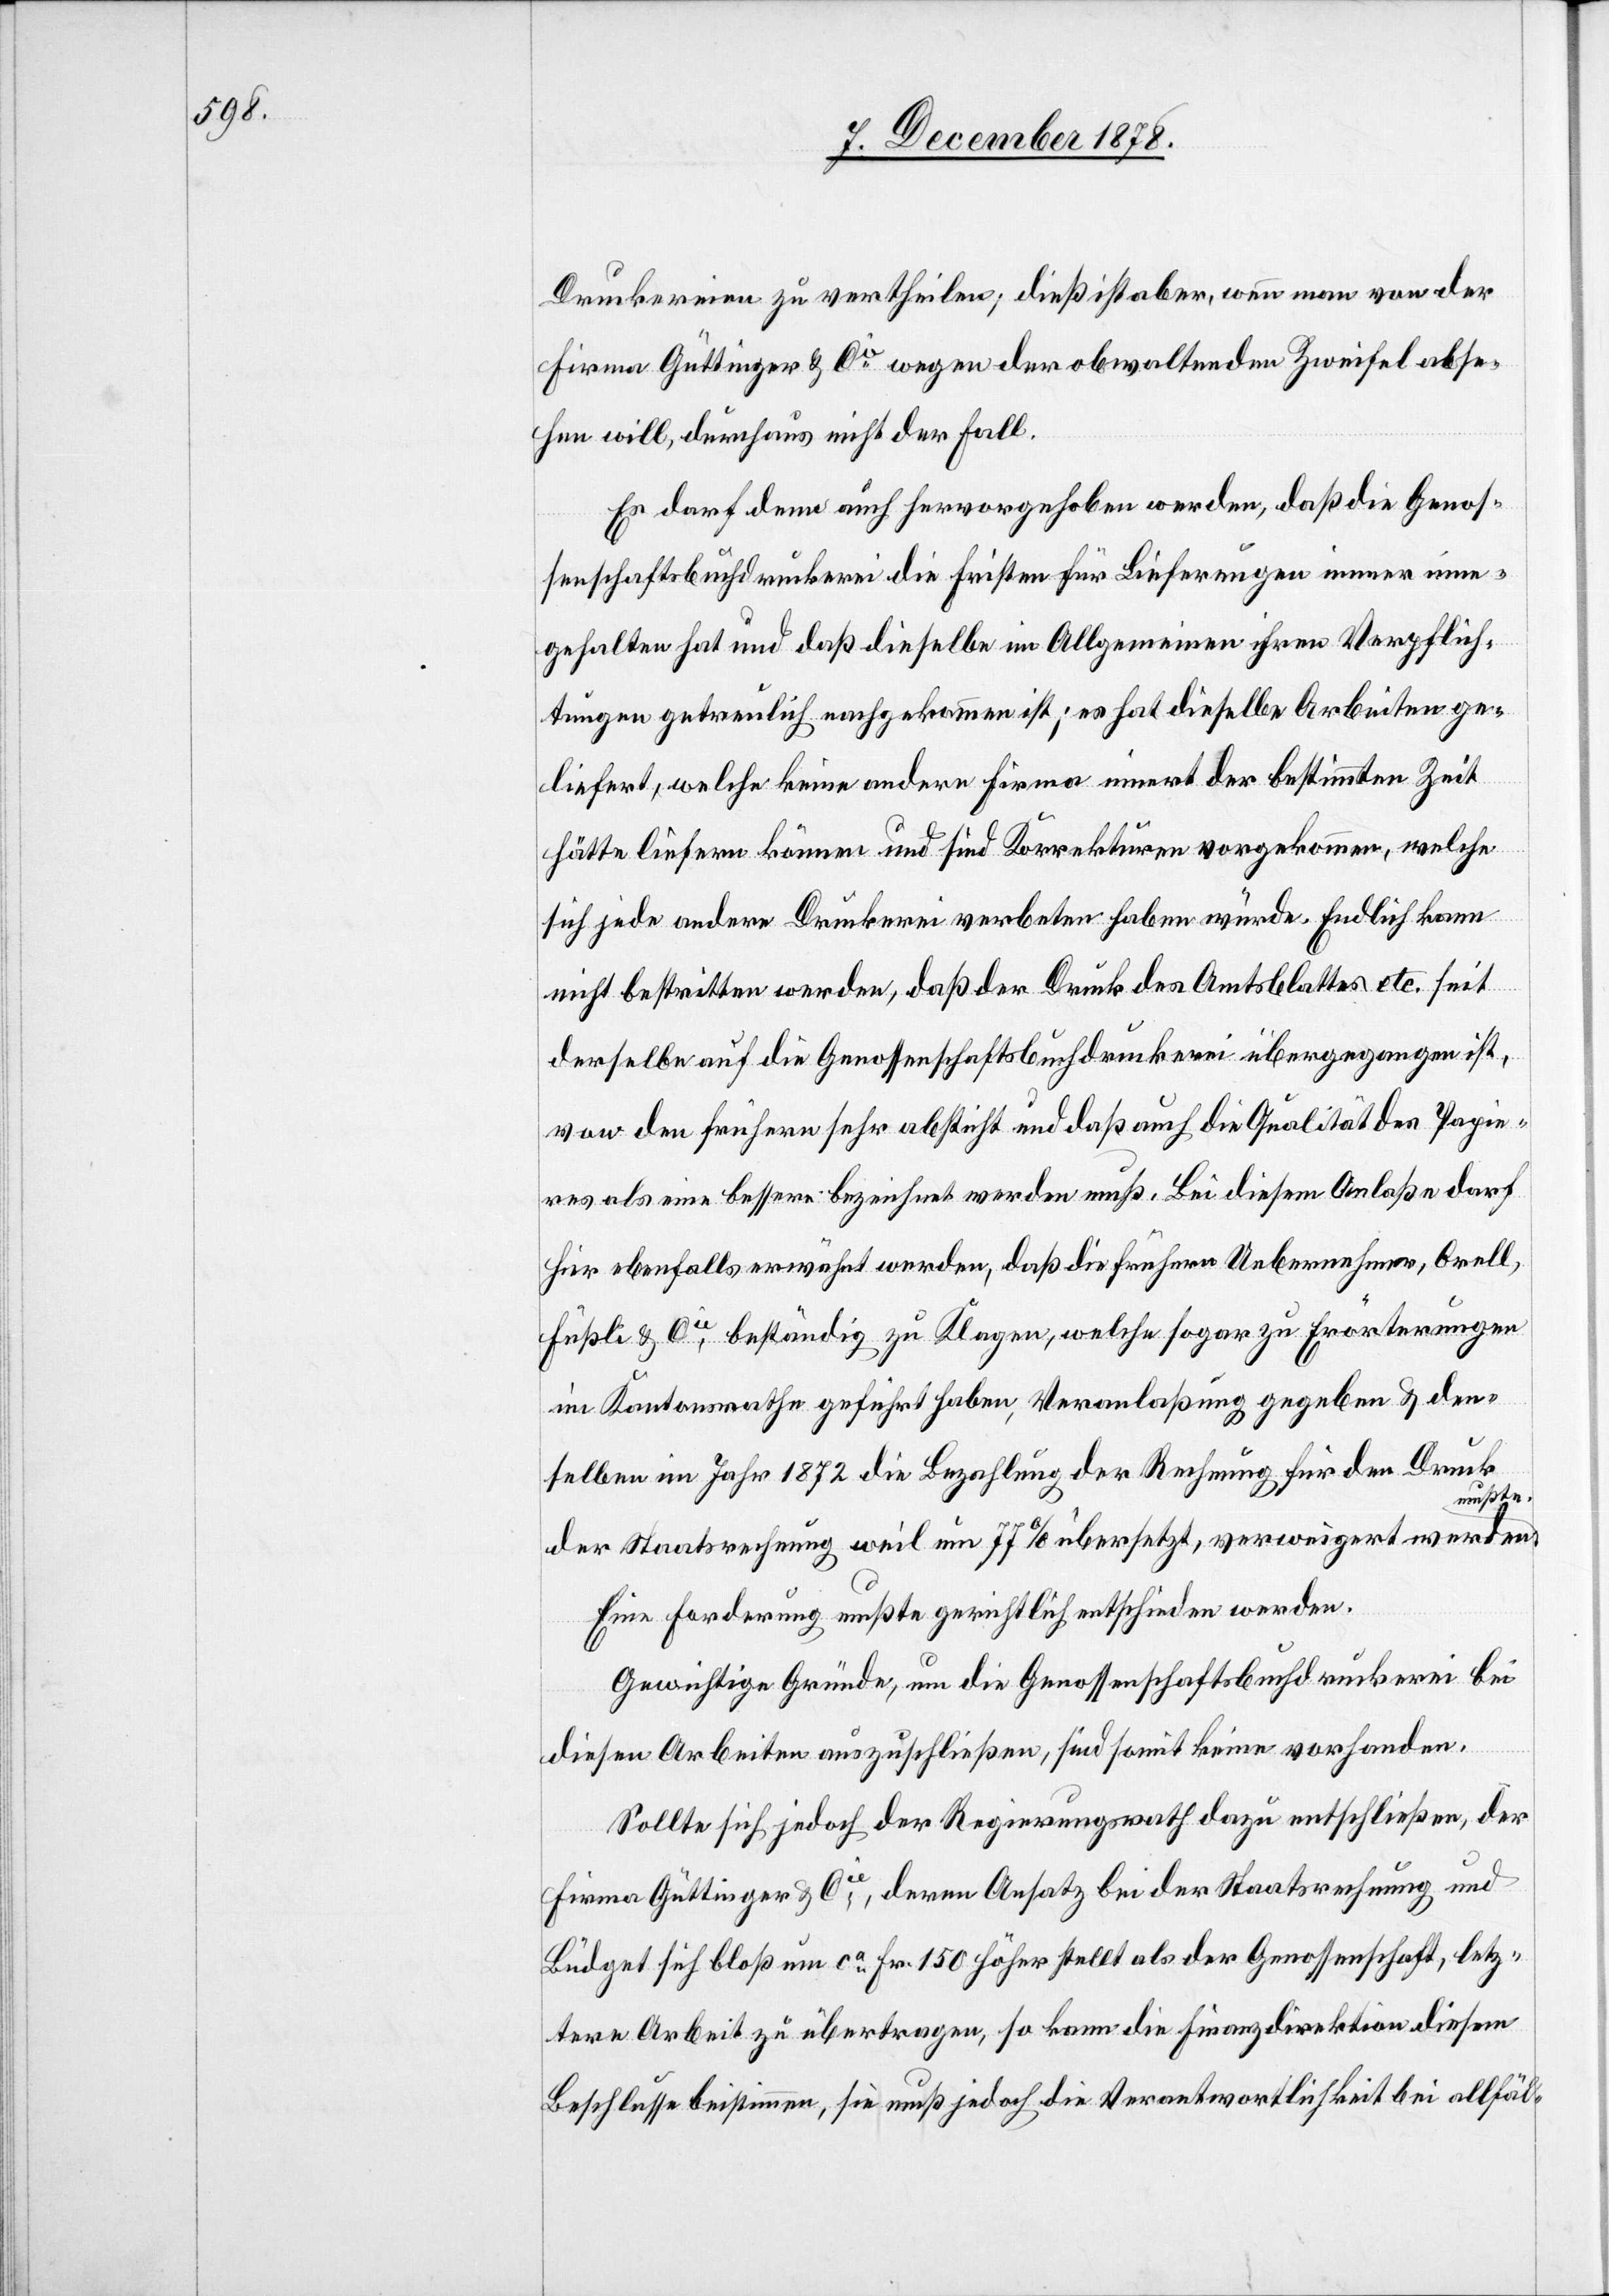
Druckereien zu vertheilen; dieß ist aber, wenn man von der
Firma Güttinger & Cie wegen der obwaltenden Zweifel abse¬
hen will, durchaus nicht der Fall.
Es darf denn auch hervorgehoben werden, daß die Genos¬
senschaftsbuchdruckerei die Fristen für Lieferungen immer ein¬
gehalten hat und daß dieselbe im Allgemeinen ihren Verpflich¬
tungen getreulich nachgekommen ist; es hat dieselbe Arbeiten ge¬
liefert, welche keine andere Firma innert der bestimmten Zeit
hätte liefern können und sind Korrekturen vorgekommen, welche
sich jede andere Druckerei verbieten haben würde. Endlich kann
nicht bestritten werden, daß der Druck des Amtsblattes etc. seit
derselbe auf die Genossenschaftsbuchdruckerei übergegangen ist,
von den frühern sehr absticht und daß auch die Qualität des Papie¬
res als eine bessere bezeichnet werden muß. Bei diesem Anlaße darf
hier ebenfalls erwähnt werden, daß die frühere Uebernahme, Orell,
Füßli & Cie beständig zu Klagen, welche sogar zu Erörterungen
im Kantonsrathe geführt haben, Veranlaßung gegeben & den¬
selben im Jahr 1872 die Bezahlung der Rechnung für den Druck
mußte.
der Staatsrechnung weil um 77% übersetzt, verweigert werden
Eine Forderung mußte gerichtlich entschieden werden.
Gewichtige Gründe, um die Genossenschaftsbuchdruckerei bei
diesen Arbeiten auszuschließen, sind somit keine vorhanden.
Sollte sich jedoch der Regierungsrath dazu entschließen, der
Firma Güttinger & Cie, deren Ansatz bei der Staatsrechnung und
Büdget sich bloß um ca Fr. 150 höher stellt als der Genossenschaft, letz¬
tere Arbeit zu übertragen, so kann die Finanzdirektion diesem
Beschlusse beistimmen, sie muß jedoch die Verantwortlichkeit bei allfäl-